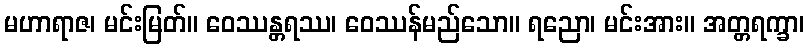
မဟာရာဇ၊ မင်းမြတ်။ ဝေဿန္တရဿ၊ ဝေဿန်မည်သော။ ရညော၊ မင်းအား။ အတ္တရက္ခာ၊